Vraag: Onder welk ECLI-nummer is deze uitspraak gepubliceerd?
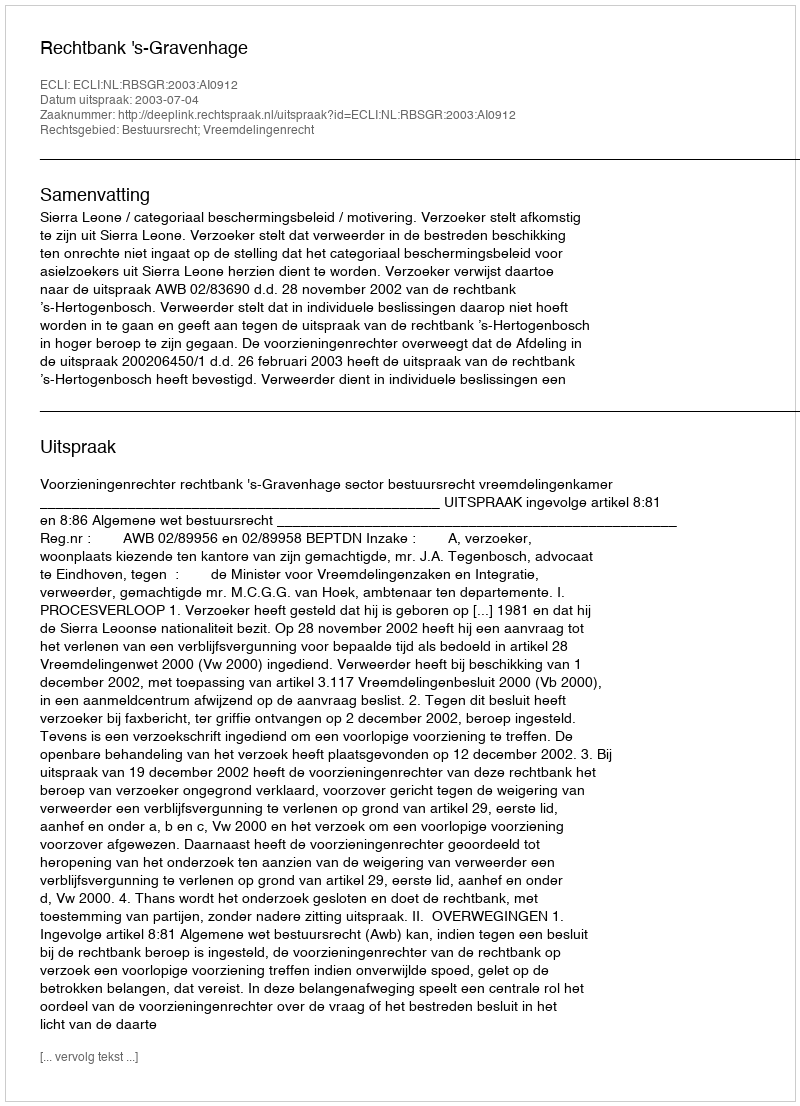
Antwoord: ECLI:NL:RBSGR:2003:AI0912